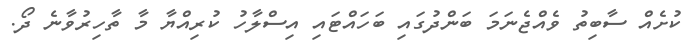
ކުށެއް ސާބިތު ވެއްޖެނަމަ ބަންދުގައި ބަހައްޓައި އިސްލާހު ކުރިއްޔާ މާ ތާހިރުވާނެ ދޯ.